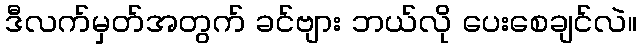
ဒီလက်မှတ်အတွက် ခင်ဗျား ဘယ်လို ပေးစေချင်လဲ။